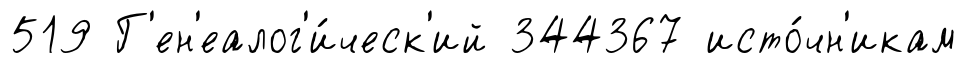
519 Г'ен'еалог'и́ческ'ий 344367 исто́чн'икам